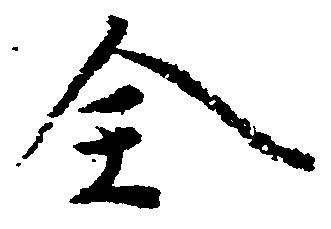
全